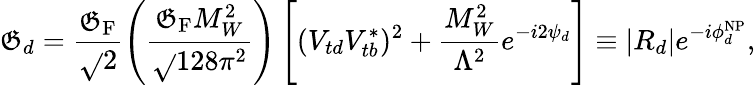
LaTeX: \mathfrak{G}_{d}=\frac{{\mathfrak{G}_{\mathrm{{F}}}}}{{\sqrt{}{{2}}}}\left(\frac{{\mathfrak{G}_{\mathrm{{F}}}M_{W}^{2}}}{{\sqrt{}{{128}}\pi^{2}}}\right)\left[(V_{td}V_{tb}^{\ast})^{2}+\frac{{M_{W}^{2}}}{{\Lambda^{2}}}e^{-i2\psi_{d}}\right]\equiv|R_{d}|e^{-i\phi_{d}^{\mathrm{{NP}}}},